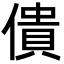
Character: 僓